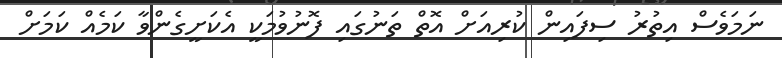
ނަމަވެސް އިތުރު ސިފައިން ކުރިއަށް އޮތް ތަނުގައި ފޮނުވުމަކީ އެކަށީގެންވާ ކަމެއް ކަމަށް